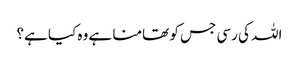
اللہ کی رسی جس کو تھامنا ہے وہ کیا ہے؟